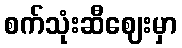
စက်သုံးဆီဈေးမှာ